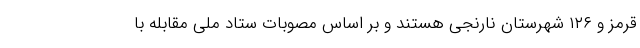
قرمز و ۱۲۶ شهرستان نارنجی هستند و بر اساس مصوبات ستاد ملی مقابله با